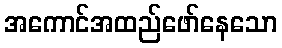
အကောင်အထည်ဖော်နေသော